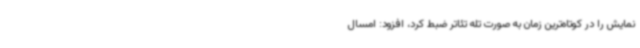
نمایش را در کوتاه‌ترین زمان به صورت تله تئاتر ضبط کرد، افزود: امسال